Source: Handwritten
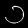
Digit: ၁ (1)